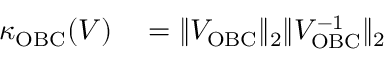
\begin{array} { r l } { \kappa _ { \mathrm { O B C } } ( V ) } & { { } = \| V _ { \mathrm { O B C } } \| _ { 2 } \| V _ { \mathrm { O B C } } ^ { - 1 } \| _ { 2 } } \end{array}